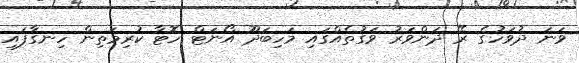
ވަނަ ދުވަހުގެ ރޭ ދަންވަރު ވަގުތެއްގައި މަހިބަދޫ އޯނަޓް ހޮޓާ ކުރިމަތިން ހިނގާފައި